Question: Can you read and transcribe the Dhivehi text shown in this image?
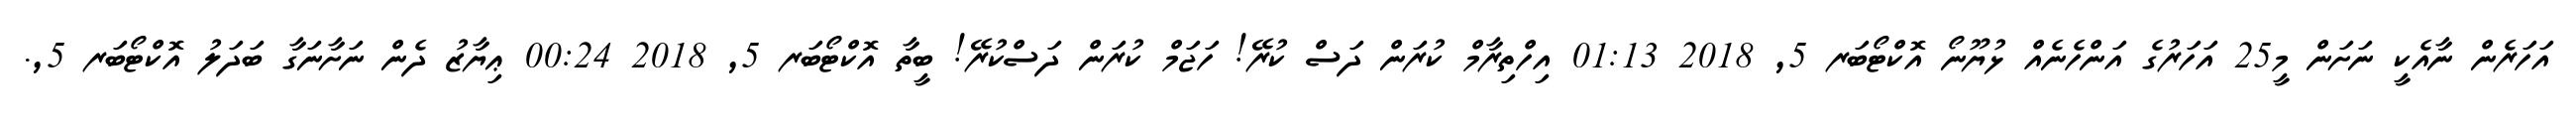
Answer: އަހަރެން ނާއެކީ ނަށަން މީ25 އަހަރުގެ އަންހެނެއް ޅުޔޫނޯ އޮކްޓޯބަރ 5, 2018 01:13 އިހްތިރާމް ކުރަން ދަސް ކުރޭ! ހަޖަމް ކުރަން ދަސްކުރޭ! ބީތާ އޮކްޓޯބަރ 5, 2018 00:24 ޢިޔާޒު ދެން ނަށާނަގާ ބަދަލު އޮކްޓޯބަރ 5,.